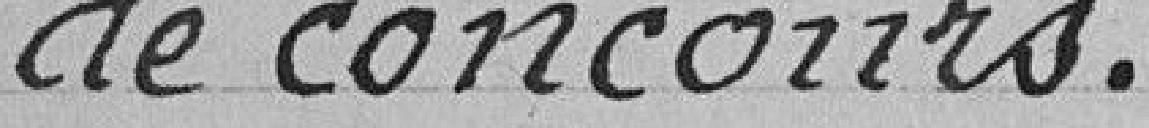
de concours